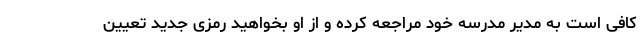
کافی است به مدیر مدرسه خود مراجعه کرده و از او بخواهید رمزی جدید تعیین